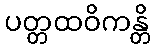
ပတ္တထဝိကန္တိ